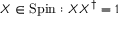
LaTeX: X \in \operatorname { S p i n } : X X ^ { \dagger } = 1